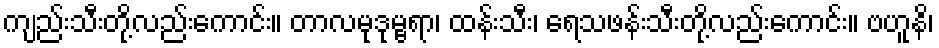
ကျည်းသီးတို့လည်းကောင်း။ တာလမုဒုမ္ဗရာ၊ ထန်းသီး၊ ရေသဖန်းသီးတို့လည်းကောင်း။ ဗဟူနိ၊